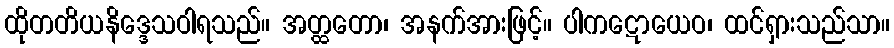
ထိုတတိယနိဒ္ဒေသဝါရသည်။ အတ္ထတော၊ အနက်အားဖြင့်။ ပါကဋောယေဝ၊ ထင်ရှားသည်သာ။